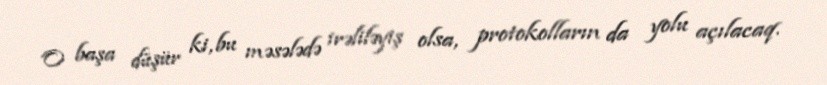
O başa düşür ki, bu məsələdə irəliləyiş olsa, protokolların da yolu açılacaq.